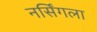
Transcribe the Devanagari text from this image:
नर्सिंगला